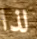
لذا